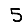
Digit: 5